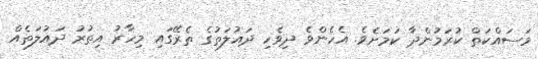
މަސައްކަތް ކުރަމުންދާ ކަމަށެވެ. އެހެންވެ ދިވެހި ދައުލަތުގެ ތެރޭގައި މިހާރު އިތުރު ދައުލަތެއް